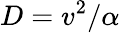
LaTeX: D=v^{2}/\alpha